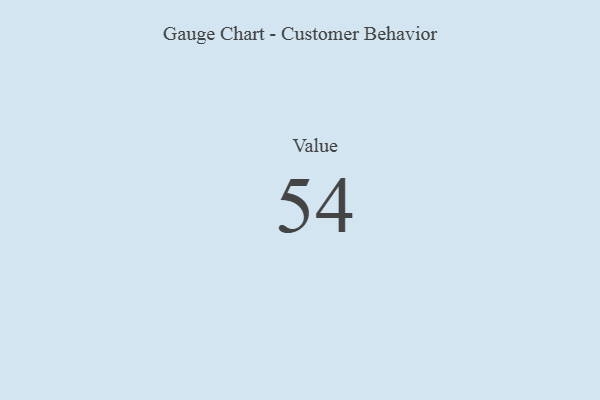
{"axis": {"x": "Metric", "y": "Value"}, "legend": [""], "data": [{"x": "Value", "y": 54, "type": ""}]}